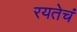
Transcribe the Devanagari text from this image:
रयतेचं